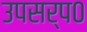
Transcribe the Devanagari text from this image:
उपसर्प०